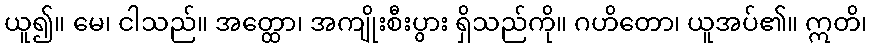
ယူ၍။ မေ၊ ငါသည်။ အတ္ထော၊ အကျိုးစီးပွား ရှိသည်ကို။ ဂဟိတော၊ ယူအပ်၏။ ဣတိ၊